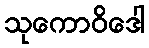
သုကောဝိဒေါ